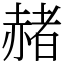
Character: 赭